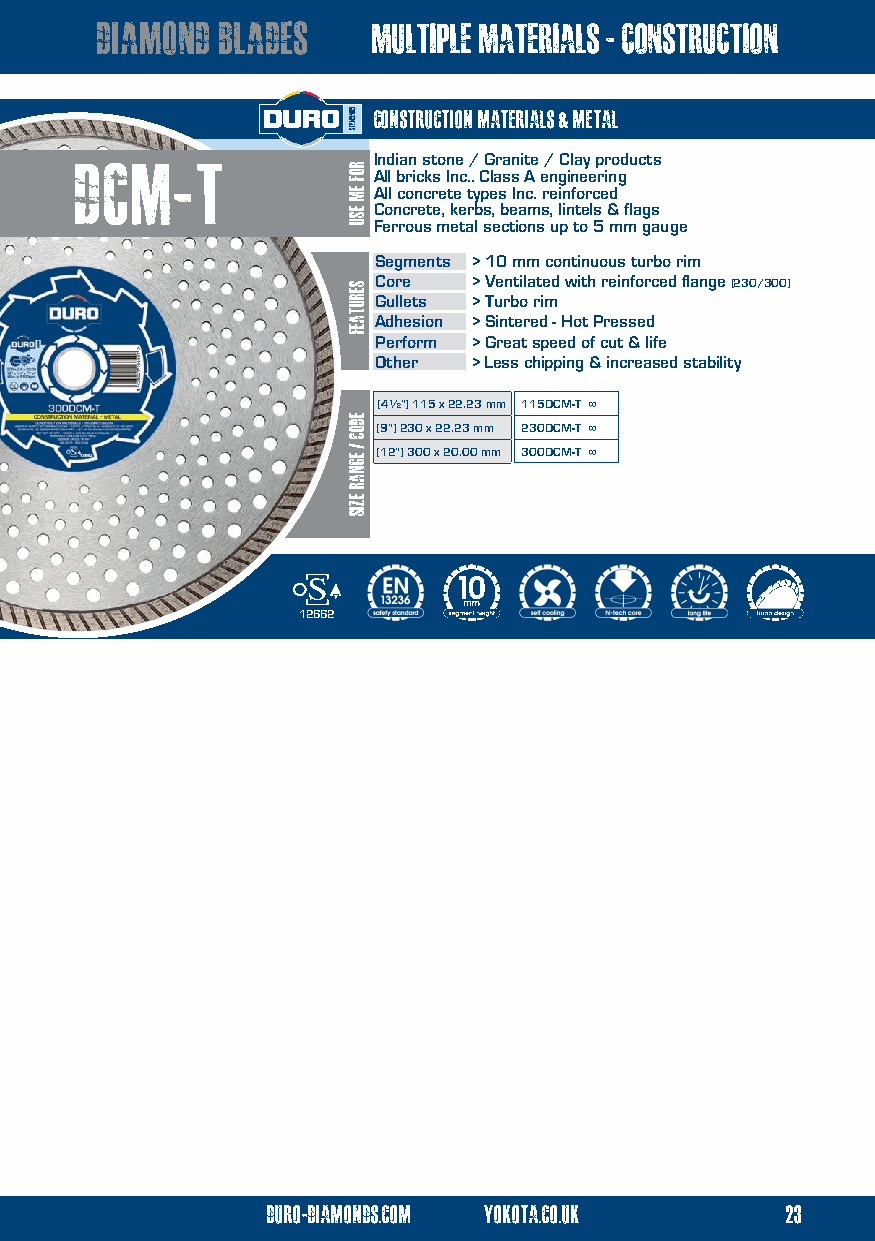
multiple materials - construction diamond blades multiple materials - construction
 construction materials & metal
 Dcm-T               Indian stone / Granite / Clay products
 All bricks Inc.. Class A engineering
 All concrete types Inc. reinforced
 Concrete, kerbs, beams, lintels & flags
 Ferrous metal sections up to 5 mm gauge
 Segments > 10 mm continuous turbo rim
 Core  > Ventilated with reinforced flange (230/300)
 Gullets > Turbo rim
 Adhesion > Sintered - Hot Pressed
 Perform > Great speed of cut & life
 Other > Less chipping & increased stability
 (4½”) 115 x 22.23 mm 115DCM-T ∞
 (9”) 230 x 22.23 mm 230DCM-T ∞
 (12”) 300 x 20.00 mm 300DCM-T ∞
 12662
 duro-diamonds.com yokota.co.uk    23
 duro-diamonds.com yokota.co.uk      12
 ROF
 EM
 ESU
 serutaef
 eDOC
 / egnar
 ezis